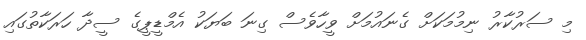
މި ސަރުކާރު ނިމުމަކަށް ގެނައުމަށް ވީހާވެސް ގިނަ ބަޔަކު އެމްޑީޕީގެ ސީދާ ހަރަކާތުގައި